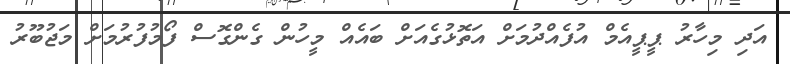
އަދި މިހާރު ޕީޕީއެމް އުފެއްދުމަށް އަތޮޅުގެއަށް ބައެއް މީހުން ގެންގޮސް ފޯމުފުރުމަށް މަޖުބޫރު